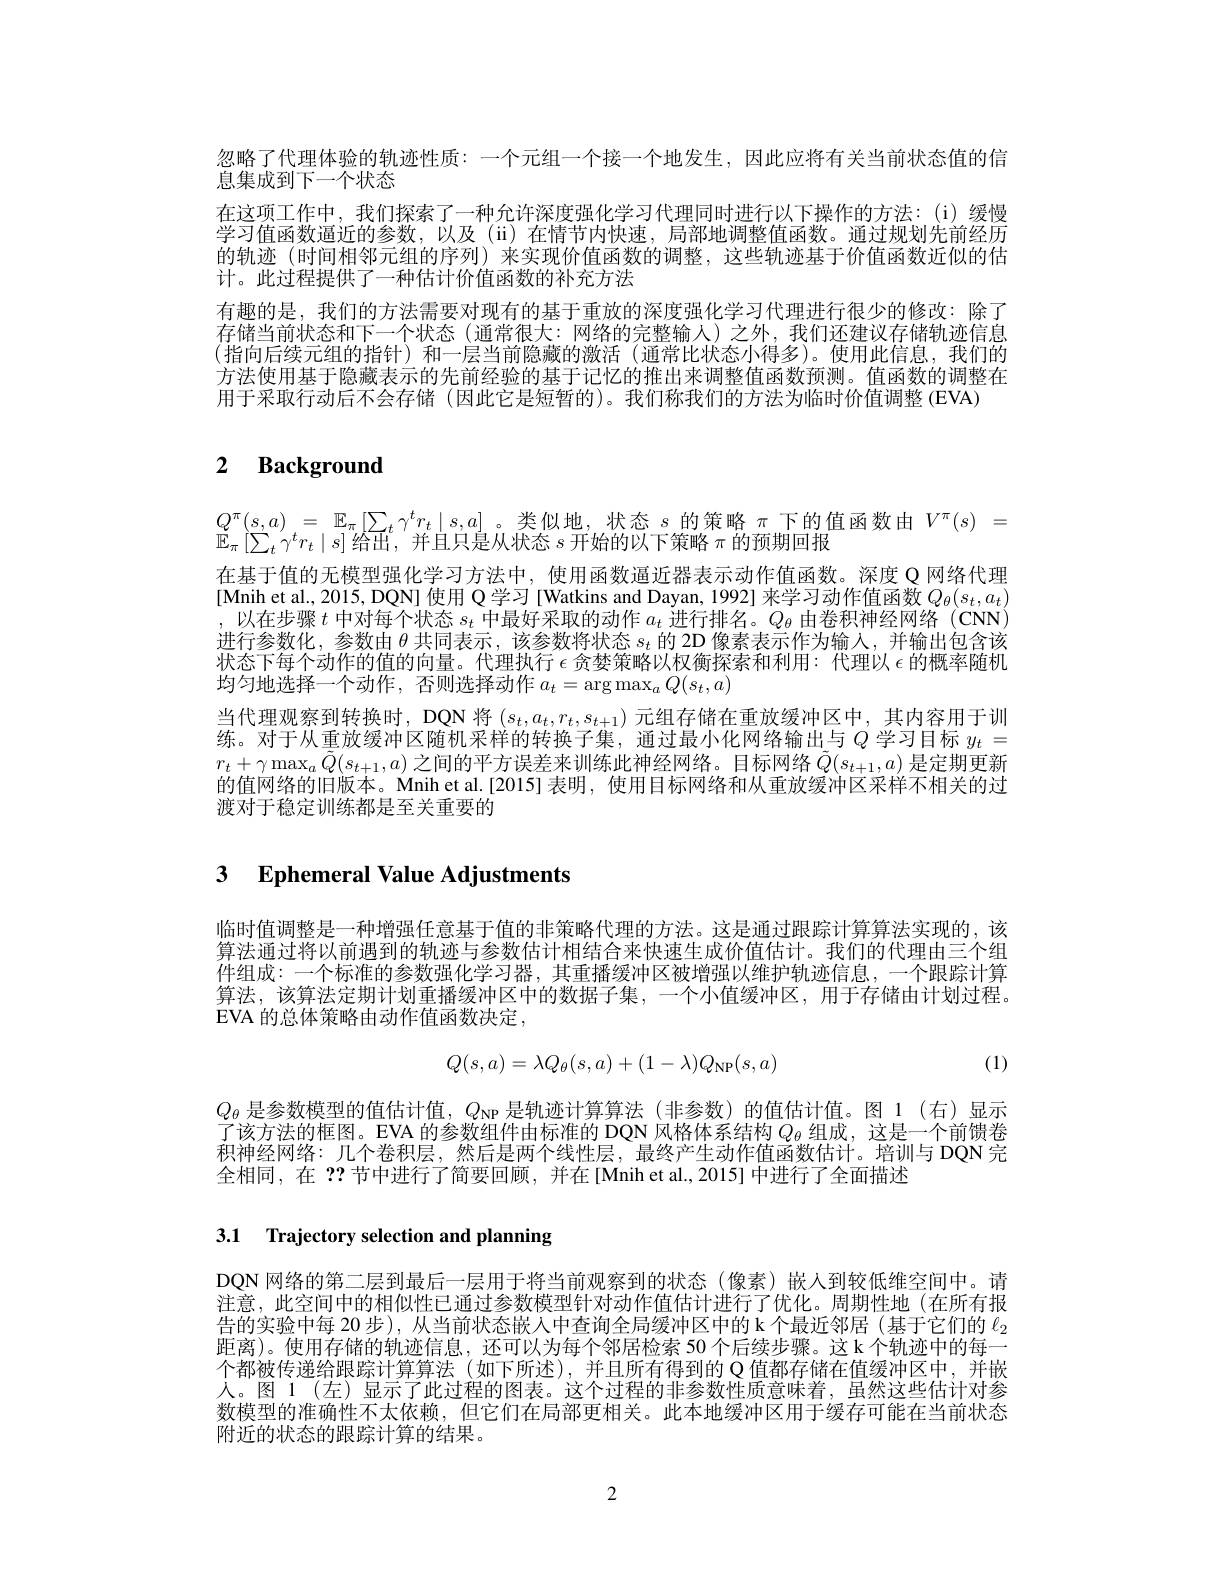
忽略了代理体验的轨迹性质：一个元组一个接一个地发生，因此应将有关当前状态值的信
息集成到下一个状态
在这项工作中，我们探索了一种允许深度强化学习代理同时进行以下操作的方法：(i)缓慢学习值函数逼近的参数，以及(ii)在情节内快速，局部地调整值函数。通过规划先前经历的轨迹(时间相邻元组的序列)来实现价值函数的调整，这些轨迹基于价值函数近似的估计。此过程提供了一种估计价值函数的补充方法
有趣的是，我们的方法需要对现有的基于重放的深度强化学习代理进行很少的修改：除了存储当前状态和下一个状态(通常很大：网络的完整输人)之外，我们还建议存储轨迹信息(指向后续元组的指针)和一层当前隐藏的激活(通常比状态小得多)。使用此信息，我们的方法使用基于隐藏表示的先前经验的基于记忆的推出来调整值函数预测。值函数的调整在用于米取行动后个会存储 (因此它是短暂的)。我们称我们的方法为临时价值调整 (EVA)

# 2 $\textbf{Background}$

在基于值的无模型强化学习方法中，使用函数逼近器表示动作值函数。深度 Q 网络代理[Mnih et al., 2015, DQN] 使用 Q 学习 [Watkins and Dayan, 1992] 来学习动作值函数$Q_\theta(s_t,a_t)$ $\begin{array}{c},\text{以在步骤 }t\text{ 中对每个状态 }s_{t}\text{ 中最好采取的动作 }a_{t}\text{ 进行排名。}Q_{\theta}\text{ 由卷积神经网络 (CNN)}\\\\\text{进行全数化 金数中 }\theta\text{ +国丰三 }&\text{ 该全数将岭岭太。的 2D }\text{ 侮孝丰三}k\text{ 并检山包含该}\end{array}$ 进行参数化，参数由$\theta$共同表示，该参数将状态$s_t$的 2D 像素表示作为输入，并输出包含该状态下每个动作的值的向量。代理执行$\epsilon$贪婪策略以权衡探索和利用：代理以$\epsilon$的概率随机均匀地选择一个动作，否则选择动作$a_t=\operatorname{arg}\operatorname*{max}_aQ(s_t,a)$
当代理观察到转换时，DQN 将$(s_t,a_t,r_t,s_{t+1})$元组存储在重放缓冲区中，其内容用于训练。对于从重放缓冲区随机采样的转换子集，通过最小化网络输出与$Q$ 学习目标 $y_t=$ $r_t+\gamma\max_a\tilde{Q}(s_{t+1},a)$之间的平方误差来训练此神经网络。目标网络$\tilde{Q}(s_t+1,a)$是定期更新的值网络的旧版本。Mnih et al.[2015] 表明，使用目标网络和从重放缓冲区采样不相关的过渡对于稳定训练都是至关重要的

# 3 Ephemeral Value Adjustments

临时值调整是一种增强任意基于值的非策略代理的方法。这是通过跟踪计算算法实现的，该算法通过将以前遇到的轨迹与参数估计相结合来快速生成价值估计。我们的代理由三个组件组成：一个标准的参数强化学习器，其重播缓冲区被增强以维护轨迹信息，一个跟踪计算算法，该算法定期计划重播缓冲区中的数据子集，一个小值缓冲区，用于存储由计划过程。EVA 的总体策略由动作值函数决定，

(1)
$$Q(s,a)=\lambda Q_\theta(s,a)+(1-\lambda)Q_{\mathrm{NP}}(s,a)$$
$Q_\theta$是参数模型的值估计值，$Q_\mathrm{NP}$是轨迹计算算法(非参数)的值估计值。图 1(右)显示了该方法的框图。EVA 的参数组件由标准的 DQN 风格体系结构$Q_\mathrm{\theta}$组成，这是一个前馈卷积神经网络：几个卷积层，然后是两个线性层，最终产生动作值函数估计。培训与 DQN 完全相同，在？?节中进行了简要回顾，并在[Mnih et al.,2015] 中进行了全面描述

# 3.1 Trajectory selection and planning

DQN 网络的第二层到最后一层用于将当前观察到的状态(像素)嵌入到较低维空间中。请注意，此空间中的相似性已通过参数模型针对动作值估计进行了优化。周期性地(在所有报告的实验中每 20 步 ), 从当前状态嵌人中查询全局缓冲区中的 k 个最近邻居 (基于它们的$\ell_{2}$ 距离)。使用存储的轨迹信息，还可以为每个邻居检索 50 个后续步骤。这 k 个轨迹中的每一个都被传递给跟踪计算算法(如下所述),并且所有得到的 Q 值都存储在值缓冲区中，并嵌人。图 1 (左)显示了此过程的图表。这个过程的非参数性质意味着，虽然这些估计对参数模型的准确性不太依赖，但它们在局部更相关。此本地缓冲区用于缓存可能在当前状态附近的状态的跟踪计算的结果。

2